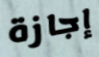
إجازة